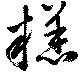
糕